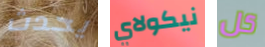
يحدث نيكولاي كل